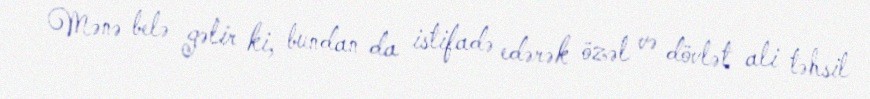
Mənə belə gəlir ki, bundan da istifadə edərək özəl və dövlət ali təhsil